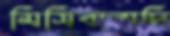
মিসিবাবাদি